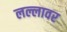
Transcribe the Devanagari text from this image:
लल्लावर